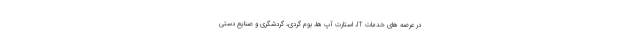
در عرصه های خدمات IT، استارت آپ ها، بوم گردی، گردشگری و صنایع دستی